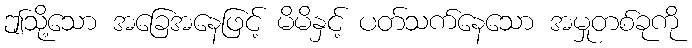
ဤသို့သော အခြေအနေဖြင့် မိမိနှင့် ပတ်သက်နေသော အမှုတစ်ခုကို